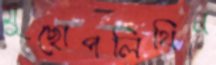
মুছোপলিথিন